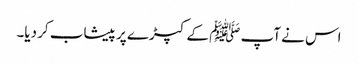
اس نے آپ ﷺ کے کپڑے پر پیشاب کر دیا۔